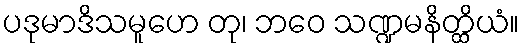
ပဒုမာဒိသမူဟေ တု၊ ဘဝေ သဏ္ဍမနိတ္ထိယံ။